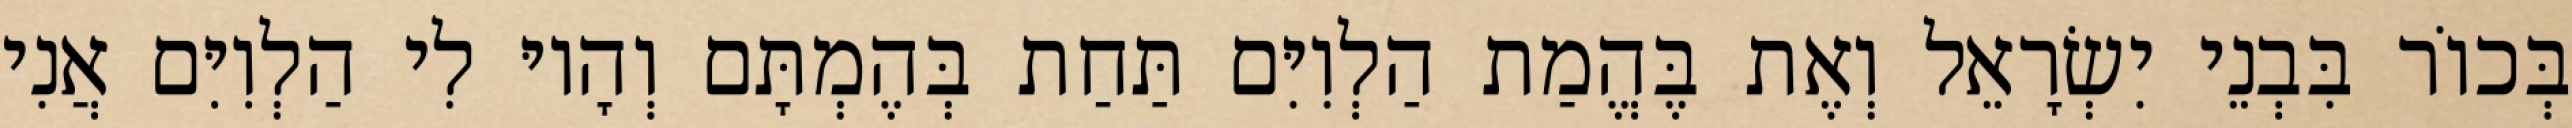
בְּכוֹר בִּבְנֵי יִשְׂרָאֵל וְאֶת בֶּהֱמַת הַלְוִיִּם תַּחַת בְּהֶמְתָּם וְהָיוּ לִי הַלְוִיִּם אֲנִי